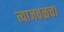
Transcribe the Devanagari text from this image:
त्याजवळचा